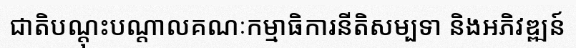
ជាតិបណ្តុះបណ្តាលគណៈកម្មាធិការនីតិសម្បទា និងអភិវឌ្ឍន៍